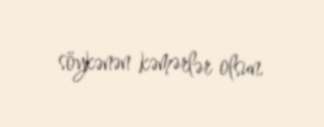
söykənən kəmərlər olsun.